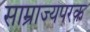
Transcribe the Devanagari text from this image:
साम्राज्यपरक